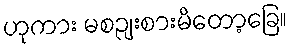
ဟုကား မစဉျးစားမိတော့ခြေ။